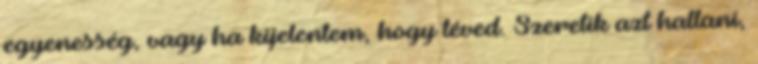
egyenesség, vagy ha kijelentem, hogy téved. Szeretik azt hallani,